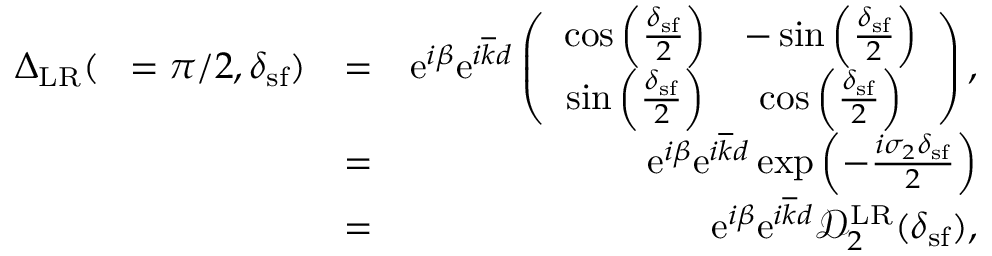
\begin{array} { r l r } { { \Delta } _ { \mathrm { L R } } ( { \it \Delta \phi } = \pi / 2 , \delta _ { \mathrm { s f } } ) } & { = } & { \mathrm { e } ^ { i \beta } \mathrm { e } ^ { i \overline { { k } } d } \left( \begin{array} { c c } { \cos \left( \frac { \delta _ { \mathrm { s f } } } { 2 } \right) } & { - \sin \left( \frac { \delta _ { \mathrm { s f } } } { 2 } \right) } \\ { \sin \left( \frac { \delta _ { \mathrm { s f } } } { 2 } \right) } & { \cos \left( \frac { \delta _ { \mathrm { s f } } } { 2 } \right) } \end{array} \right) , } \\ & { = } & { \mathrm { e } ^ { i \beta } \mathrm { e } ^ { i \overline { { k } } d } \exp \left( - \frac { i \sigma _ { 2 } { \delta _ { \mathrm { s f } } } } { 2 } \right) } \\ & { = } & { \mathrm { e } ^ { i \beta } \mathrm { e } ^ { i \overline { { k } } d } \mathcal { D } _ { 2 } ^ { \mathrm { L R } } ( \delta _ { \mathrm { s f } } ) , } \end{array}